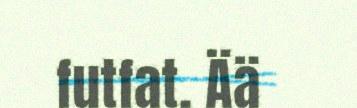
futfat. Ää